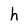
Character: h